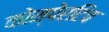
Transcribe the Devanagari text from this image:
कोम्पेरटिव